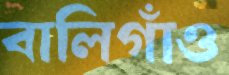
বালিগাঁও